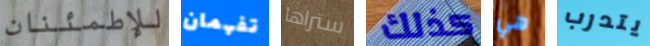
للإطمئنان تفهمان ستراها كذلك هي يتدرب